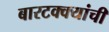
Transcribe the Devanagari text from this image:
बारटक्क्यांची